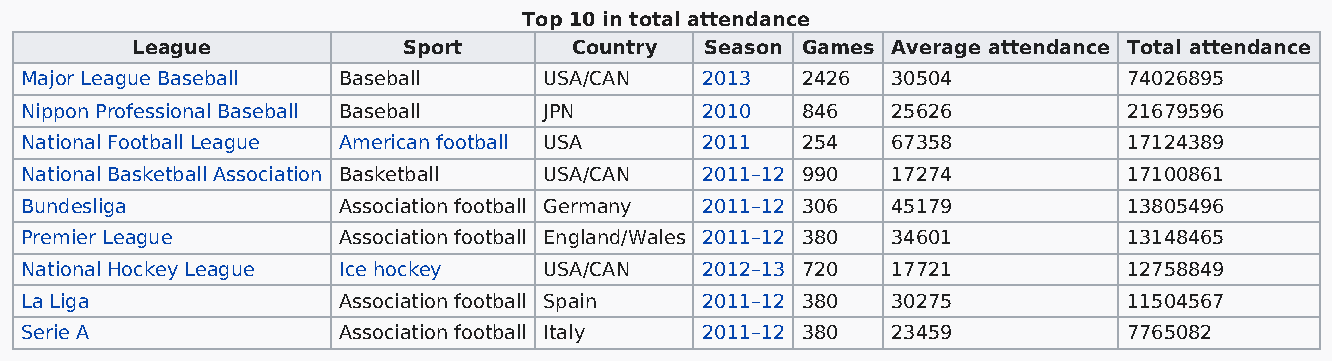
Top 10 in total attendance
 League            Sport      Country  Season Games Average attendance Total attendance
 Major League Baseball Baseball     USA/CAN   2013   2426  30504           74026895
 Nippon Professional Baseball Baseball JPN    2010   846   25626           21679596
 National Football League American football USA 2011 254   67358           17124389
 National Basketball Association Basketball USA/CAN 2011–12 990 17274      17100861
 Bundesliga           Association football Germany 2011–12 306 45179       13805496
 Premier League       Association football England/Wales 2011–12 380 34601 13148465
 National Hockey League Ice hockey  USA/CAN   2012–13 720  17721           12758849
 La Liga              Association football Spain 2011–12 380 30275         11504567
 Serie A              Association football Italy 2011–12 380 23459         7765082